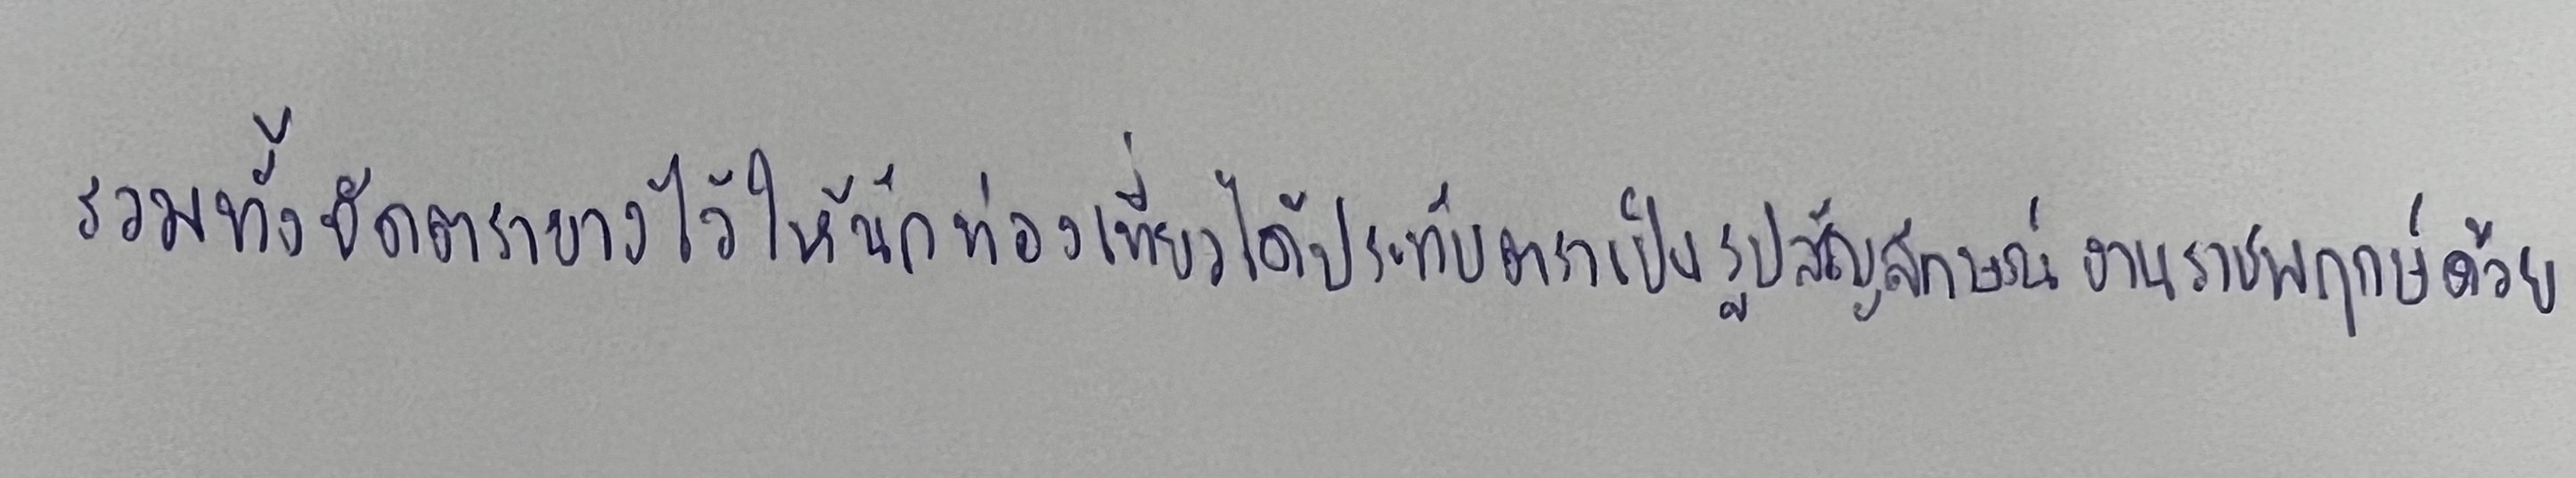
รวมทั้งจัดตรายางไว้ให้นักท่องเที่ยวได้ประทับตราเป็นรูปสัญลักษณ์งานราชพฤกษ์ด้วย